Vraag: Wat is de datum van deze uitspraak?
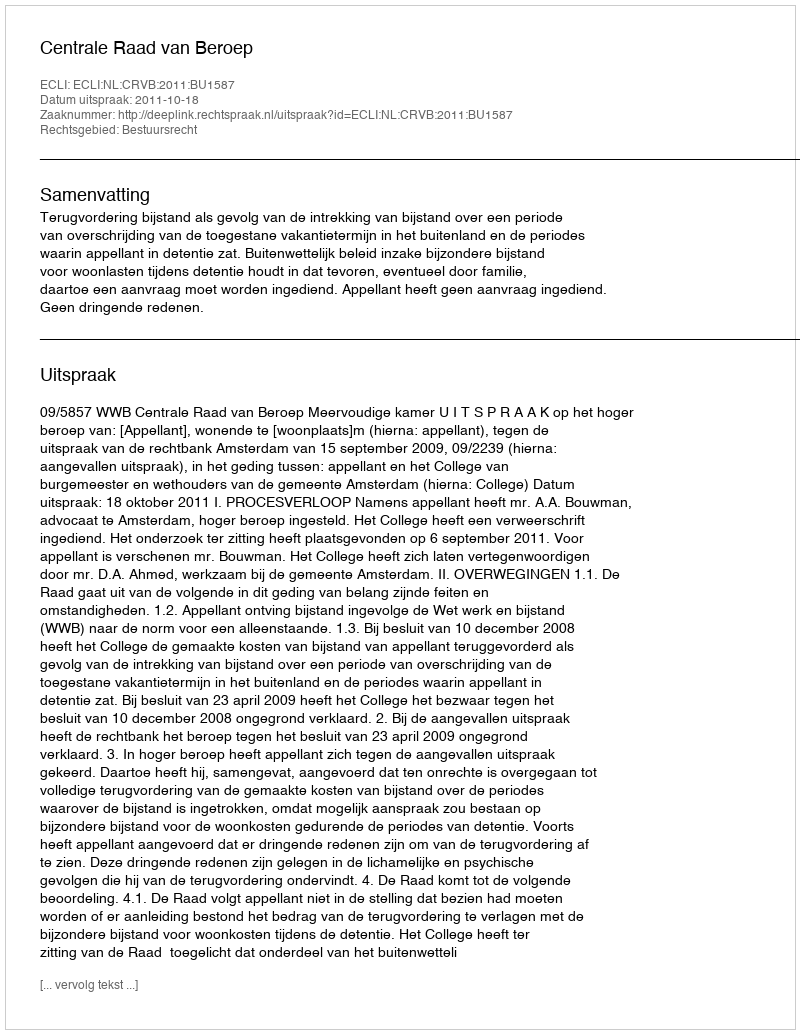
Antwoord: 2011-10-18